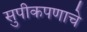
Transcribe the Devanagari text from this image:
सुपीकपणाचे